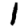
Digit: 1